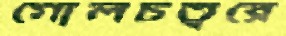
গোলচত্বরে